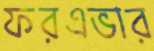
ফরএভার